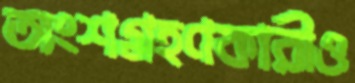
অংশগ্রহণকারীও